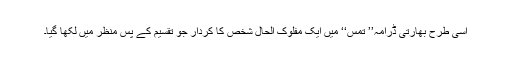
اسی طرح بھارتی ڈرامہ’’ تمس‘‘ میں ایک مفلوک الحال شخص کا کردار جو تقسیم کے پس منظر میں لکھا گیا۔